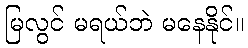
မြလွင် မရယ်ဘဲ မနေနိုင်။